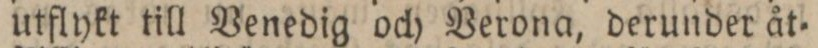
utflykt till Venedig och Verona, derunder åt=